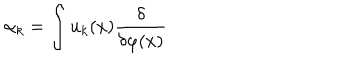
LaTeX: \alpha _ { k } = \int u _ { k } ( x ) { \frac { \delta } { \delta \varphi ( x ) } }